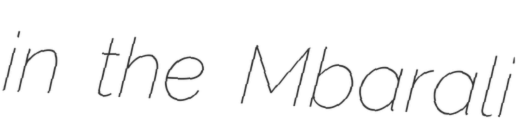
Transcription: in the Mbarali